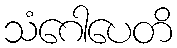
သံဂေါပေတိ